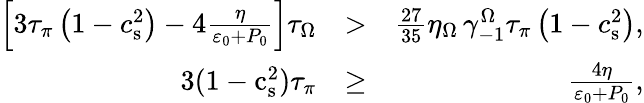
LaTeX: \begin{array}{rlr}{\left[3\tau_{\pi}\left(1-c_{\mathrm{s}}^{2}\right)-4\frac{\eta}{\varepsilon_{0}+P_{0}}\right]\tau_{\Omega}}&{>}&{\frac{27}{35}\eta_{\Omega}\, \gamma_{-1}^{\Omega}\tau_{\pi}\left(1-c_{\mathrm{s}}^{2}\right),}\\ {3(1-\mathrm{c}_{\mathrm{s}}^{2})\tau_{\pi}}&{\geq}&{\frac{4\eta}{\varepsilon_{0}+P_{0}},}\end{array}